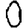
Digit: 0